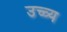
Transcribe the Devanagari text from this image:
उच्च्य